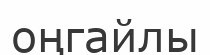
оңгайлы